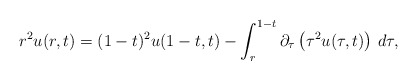
\begin{align*}r^2u(r,t)=(1-t)^2u(1-t,t)-\int_r^{1-t}\partial_{\tau}\left(\tau^2u(\tau,t)\right)\,d\tau,\end{align*}